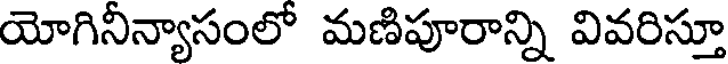
యోగినీన్యాసంలో మణిపూరాన్ని వివరిస్తూ